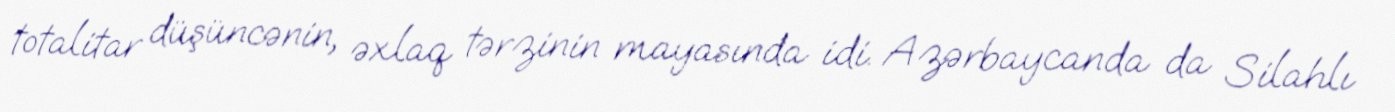
totalitar düşüncənin, əxlaq tərzinin mayasında idi. Azərbaycanda da Silahlı